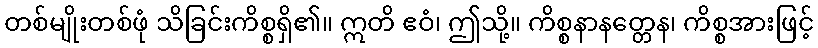
တစ်မျိုးတစ်ဖုံ သိခြင်းကိစ္စရှိ၏။ ဣတိ ဧဝံ၊ ဤသို့။ ကိစ္စနာနတ္တေန၊ ကိစ္စအားဖြင့်